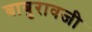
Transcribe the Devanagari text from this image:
बाबुरावजी